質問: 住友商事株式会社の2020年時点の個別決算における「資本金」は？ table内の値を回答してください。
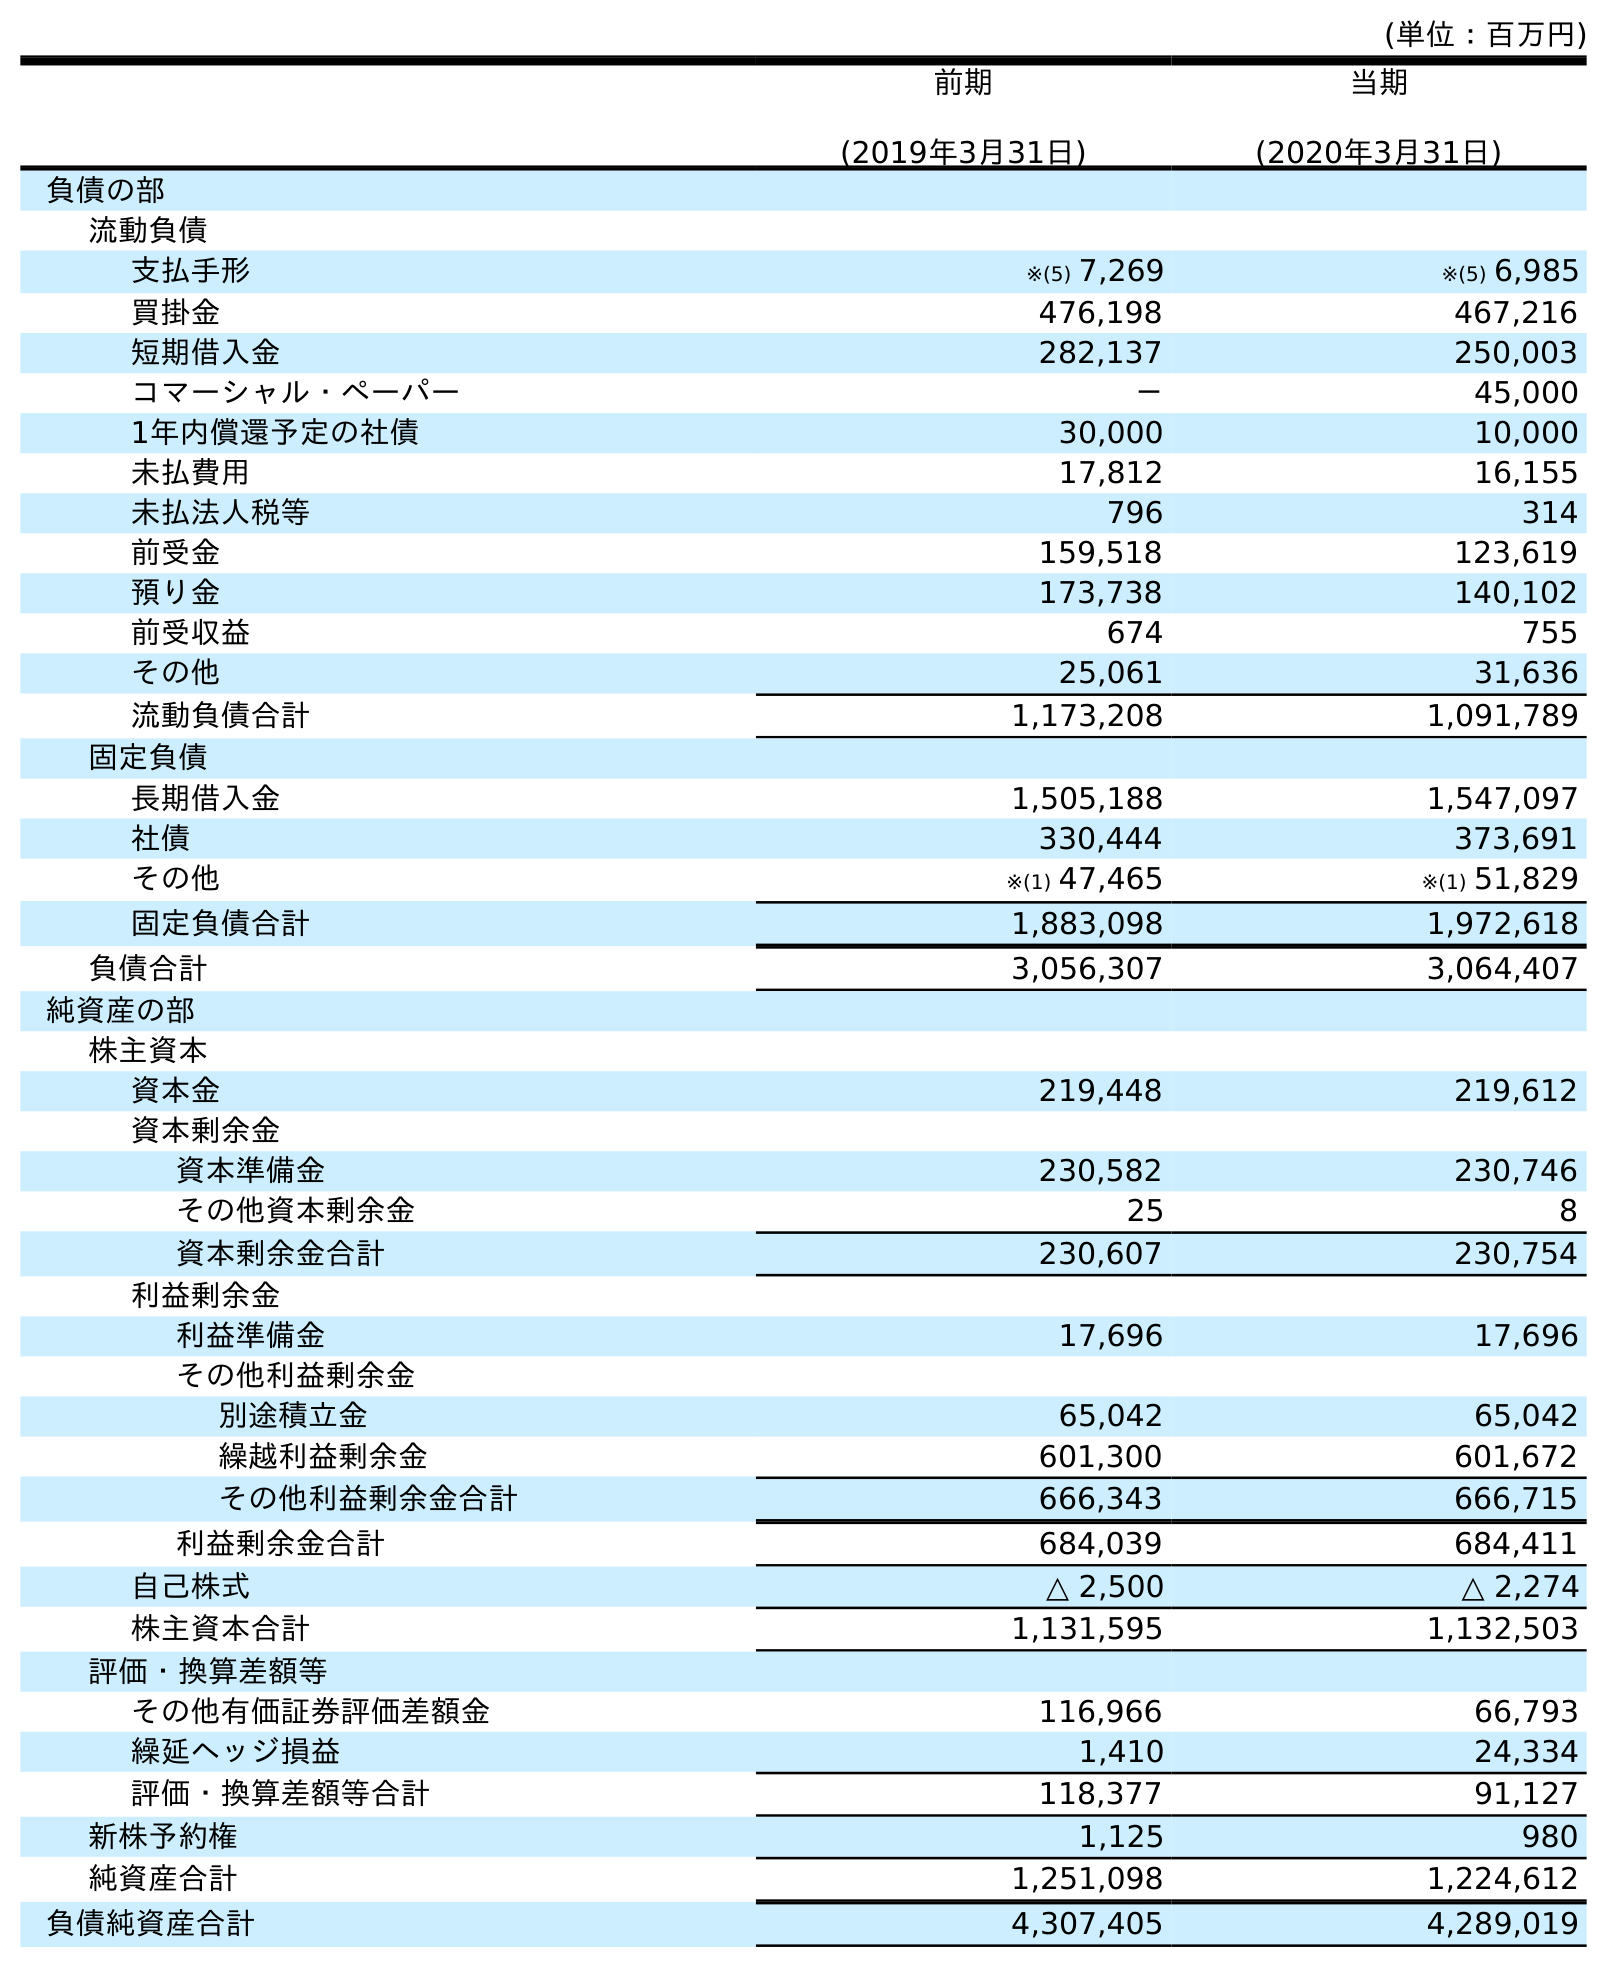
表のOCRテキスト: (単位：百万円) 前期 (2019年3月31日) 当期 (2020年3月31日) 負債の部 流動負債 支払手形 ※(5) 7,269 ※(5) 6,985 買掛金 476,198 467,216 短期借入金 282,137 250,003 コマーシャル・ペーパー － 45,000 1年内償還予定の社債 30,000 10,000 未払費用 17,812 16,155 未払法人税等 796 314 前受金 159,518 123,619 預り金 173,738 140,102 前受収益 674 755 その他 25,061 31,636 流動負債合計 1,173,208 1,091,789 固定負債 長期借入金 1,505,188 1,547,097 社債 330,444 373,691 その他 ※(1) 47,465 ※(1) 51,829 固定負債合計 1,883,098 1,972,618 負債合計 3,056,307 3,064,407 純資産の部 株主資本 資本金 219,448 219,612 資本剰余金 資本準備金 230,582 230,746 その他資本剰余金 25 8 資本剰余金合計 230,607 230,754 利益剰余金 利益準備金 17,696 17,696 その他利益剰余金 別途積立金 65,042 65,042 繰越利益剰余金 601,300 601,672 その他利益剰余金合計 666,343 666,715 利益剰余金合計 684,039 684,411 自己株式 △ 2,500 △ 2,274 株主資本合計 1,131,595 1,132,503 評価・換算差額等 その他有価証券評価差額金 116,966 66,793 繰延ヘッジ損益 1,410 24,334 評価・換算差額等合計 118,377 91,127 新株予約権 1,125 980 純資産合計 1,251,098 1,224,612 負債純資産合計 4,307,405 4,289,019
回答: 219,612